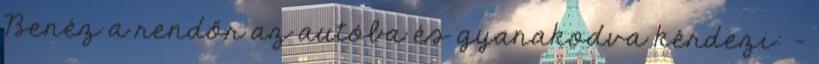
Benéz a rendőr az autóba és gyanakodva kérdezi: -